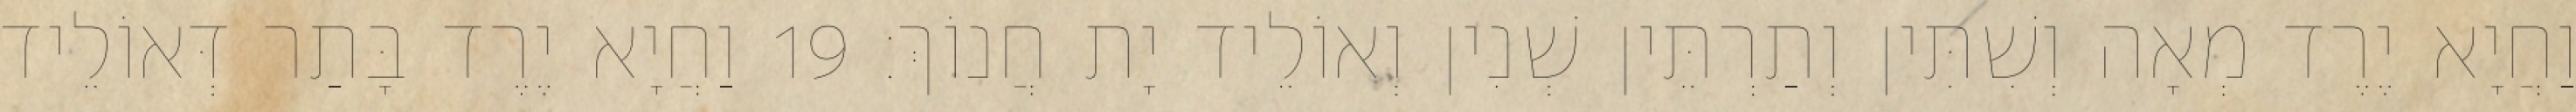
וַחֲיָא יֶרֶד מְאָה וְשִׁתִּין וְתַרְתֵּין שְׁנִין וְאוֹלֵיד יָת חֲנוֹךְ׃ 19 וַחֲיָא יֶרֶד בָּתַר דְּאוֹלֵיד